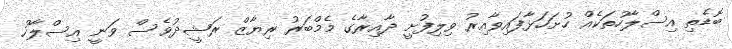
ބޮޑެތި އިސްލާހުތަކެއް ހުށަހަޅާފައިވާއިރު ވިލިފުށީ ދާއިރާގެ މެމްބަރު ރިޔާޒް ރަޝީދުވެސް ވަނީ އިސްލާހު